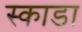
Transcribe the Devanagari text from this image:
स्काडा